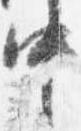
中